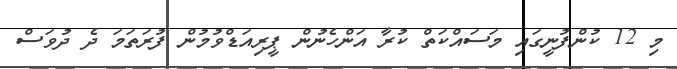
މި 12 ކުންފުނީގައި މަސައްކަތް ކުރާ އަންހެނުން ޕީރިއަޑްވުމުން ފުރަތަމަ ދެ ދުވަސް